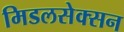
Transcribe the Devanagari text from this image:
मिडलसेक्सन